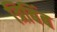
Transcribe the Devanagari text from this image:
त्रिबिंब